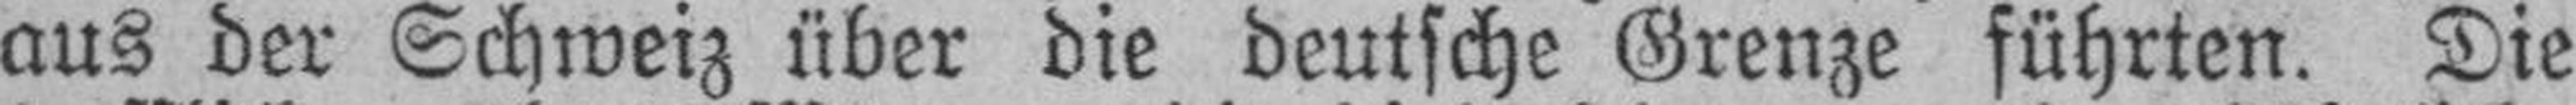
aus der Schweiz über die deutsche Grenze führten. Die